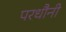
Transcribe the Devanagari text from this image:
परधौनी